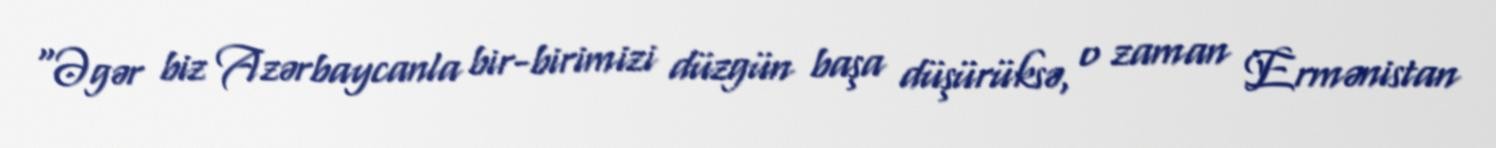
“Əgər biz Azərbaycanla bir-birimizi düzgün başa düşürüksə, o zaman Ermənistan